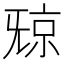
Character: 𣄴